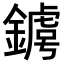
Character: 𨫴